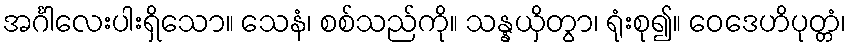
အင်္ဂါလေးပါးရှိသော။ သေနံ၊ စစ်သည်ကို။ သန္နယှိတွာ၊ ရုံးစု၍။ ဝေဒေဟိပုတ္တံ၊